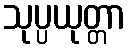
သုပ္ပယုတ္တာ